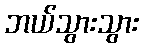
ဘယ်သွားသွား